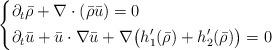
LaTeX: \begin{align*} \begin{dcases}\partial_t \bar \rho + \nabla \cdot (\bar \rho \bar u) = 0 \\\partial_t \bar u + \bar u \cdot \nabla \bar u + \nabla\big(h_1^\prime(\bar \rho)+h_2^\prime(\bar \rho) \big) = 0\end{dcases}\end{align*}